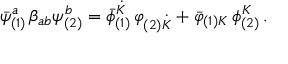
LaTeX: { { \bar { \psi } } _ { ( 1 ) } ^ { a } } \, \beta _ { a b } \psi _ { ( 2 ) } ^ { b } = { { \bar { \phi } } _ { ( 1 ) } ^ { \dot { K } } } \, \varphi _ { ( 2 ) { \dot { K } } } + { { \bar { \varphi } } _ { ( 1 ) K } } \, \phi _ { ( 2 ) } ^ { K } \, .